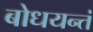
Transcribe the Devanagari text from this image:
बोधयन्तं